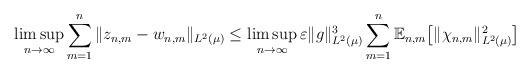
LaTeX: \begin{align*} \limsup_{n \to \infty} \sum_{m=1}^n \| z_{n,m} - w_{n,m}\|_{L^2 (\mu)} \leq \limsup_{n \to \infty} \varepsilon \|g\|_{L^2 (\mu)}^3 \sum_{m=1}^n\mathbb{E}_{n,m}\big[\|\chi_{n,m}\|_{L^2 (\mu)} ^2\big]\end{align*}